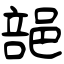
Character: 郶